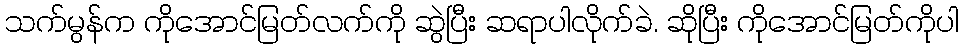
သက်မွန်က ကိုအောင်မြတ်လက်ကို ဆွဲပြီး ဆရာပါလိုက်ခဲ. ဆိုပြီး ကိုအောင်မြတ်ကိုပါ